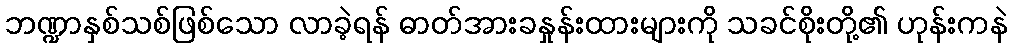
ဘဏ္ဍာနှစ်သစ်ဖြစ်သော လာခဲ့ရန် ဓာတ်အားခနှုန်းထားများကို သခင်စိုးတို့၏ ဟုန်းကနဲ